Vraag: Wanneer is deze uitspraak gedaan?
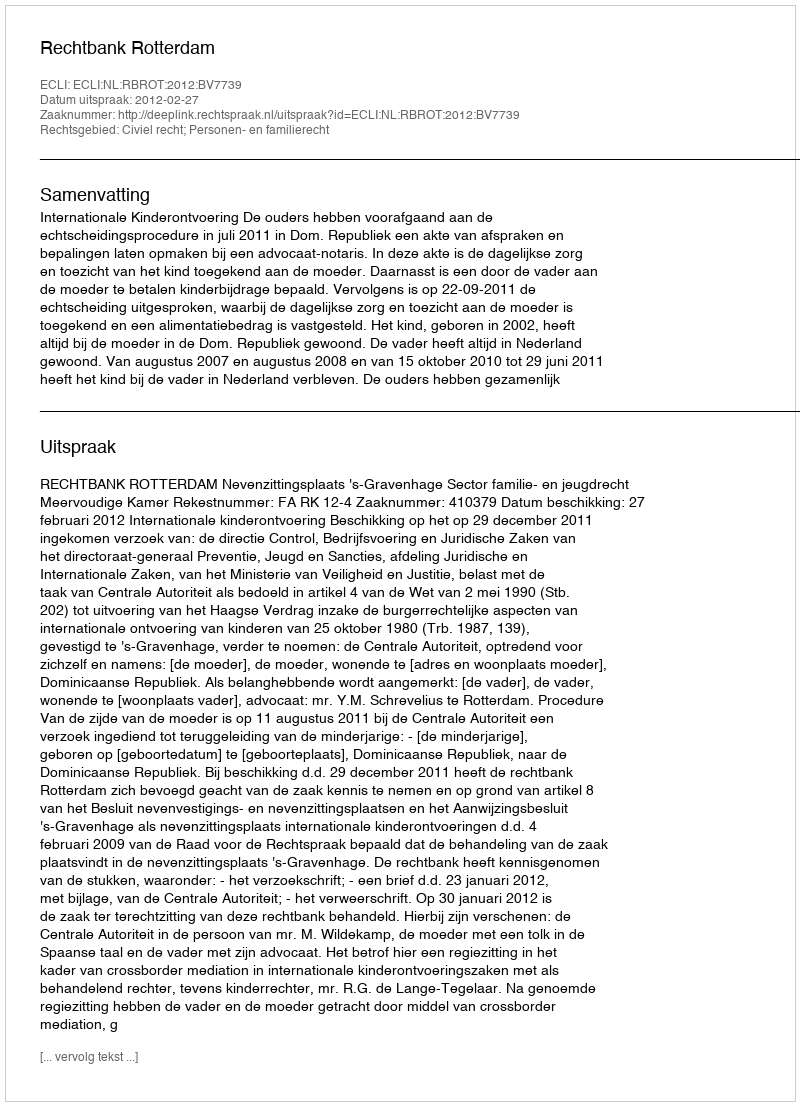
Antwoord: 2012-02-27